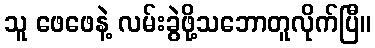
သူ ဖေဖေနဲ့ လမ်းခွဲဖို့သဘောတူလိုက်ပြီ။